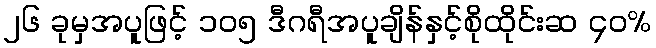
၂၆ ခုမှအပူဖြင့် ၁၀၅ ဒီဂရီအပူချိန်နှင့်စိုထိုင်းဆ ၄၀%